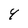
Character: 4